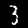
Label: 3